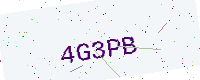
Text: 4G3PB